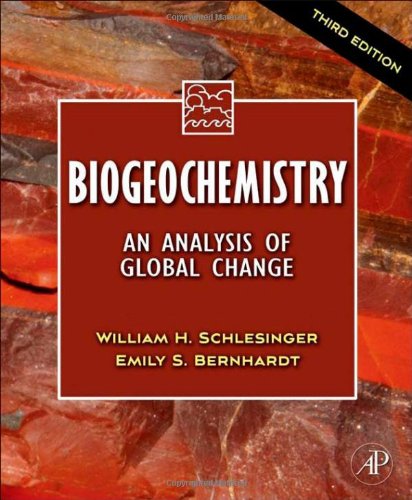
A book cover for Biogeochemistry: An Analysis of Global Change, 3rd Edition; W.H. Schlesinger; Science & Math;